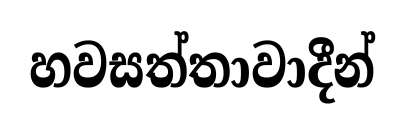
හවසත්තාවාදීන්